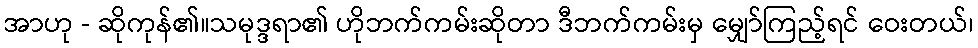
အာဟု - ဆိုကုန်၏။သမုဒ္ဒရာ၏ ဟိုဘက်ကမ်းဆိုတာ ဒီဘက်ကမ်းမှ မျှော်ကြည့်ရင် ဝေးတယ်၊